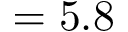
= 5 . 8